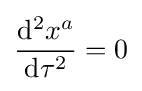
{\frac {\mathrm {d} ^{2}x^{a}}{\mathrm {d} \tau ^{2}}}=0